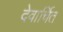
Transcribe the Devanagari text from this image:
देवार्चित